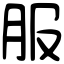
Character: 服